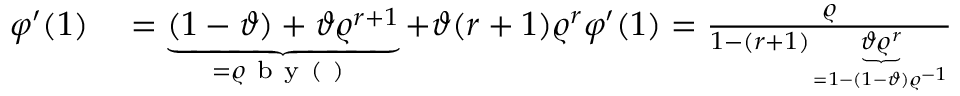
\begin{array} { r l } { \varphi ^ { \prime } ( 1 ) } & { { } = \underbrace { ( 1 - \vartheta ) + \vartheta \varrho ^ { r + 1 } } _ { = \varrho \mathrm { ~ b ~ y ~ ( ~ ) ~ } } + \vartheta ( r + 1 ) \varrho ^ { r } \varphi ^ { \prime } ( 1 ) = \frac { \varrho } { 1 - ( r + 1 ) \underbrace { \vartheta \varrho ^ { r } } _ { = 1 - ( 1 - \vartheta ) \varrho ^ { - 1 } } } } \end{array}